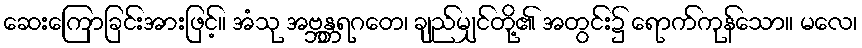
ဆေးကြောခြင်းအားဖြင့်။ အံသု အဗ္ဘန္တရဂတေ၊ ချည်မျှင်တို့၏ အတွင်း၌ ရောက်ကုန်သော။ မလေ၊